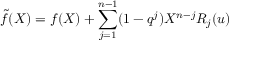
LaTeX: \tilde { f } ( X ) = f ( X ) + \sum _ { j = 1 } ^ { n - 1 } ( 1 - q ^ { j } ) X ^ { n - j } R _ { j } ( u )